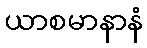
ယာစမာနာနံ